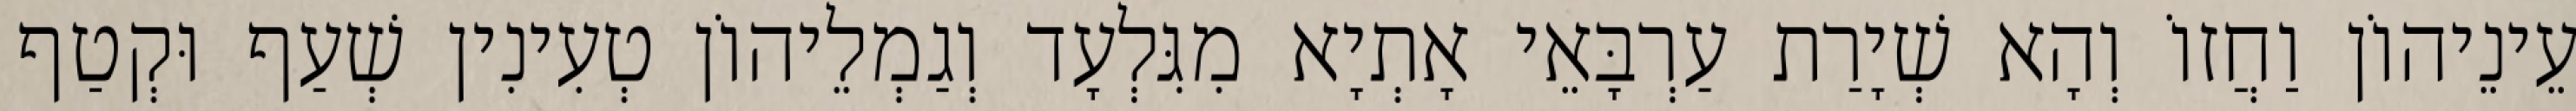
עֵינֵיהוֹן וַחֲזוֹ וְהָא שְׁיָרַת עַרְבָּאֵי אָתְיָא מִגִּלְעָד וְגַמְלֵיהוֹן טְעִינִין שְׁעַף וּקְטַף